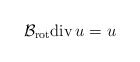
\begin{align*}\mathcal{B}_{\mathrm{rot}} \mathrm{div}\, u = u \end{align*}